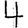
Digit: 4